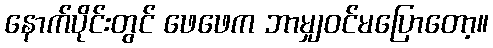
နောက်ပိုင်းတွင် ဖေဖေက ဘာမျှဝင်မပြောတော့။